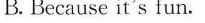
B.Because it's fun.